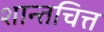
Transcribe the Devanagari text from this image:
शान्तचित्त